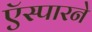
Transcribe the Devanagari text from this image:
ऍस्पारने